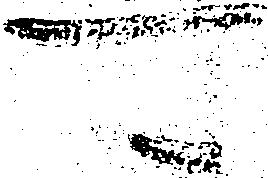
可